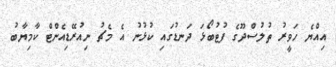
އިއްޔެ ހަވީރު ތުލުސްދޫގެ ފުޓުބޯޅަ ދަނޑުގައި ކުޅުނު އެ މެޗު ނިއުރޭޑިއެންޓް ކާމިޔާބު